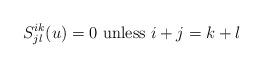
LaTeX: \begin{align*} S^{ik}_{jl}(u) = 0 \textrm{ unless } i+j=k+l\end{align*}